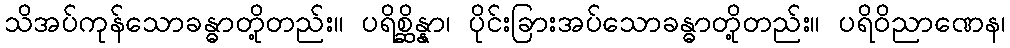
သိအပ်ကုန်သောခန္ဓာတို့တည်း။ ပရိစ္ဆိန္နာ၊ ပိုင်းခြားအပ်သောခန္ဓာတို့တည်း။ ပရိဝိညာဏေန၊